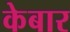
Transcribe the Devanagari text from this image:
केबार